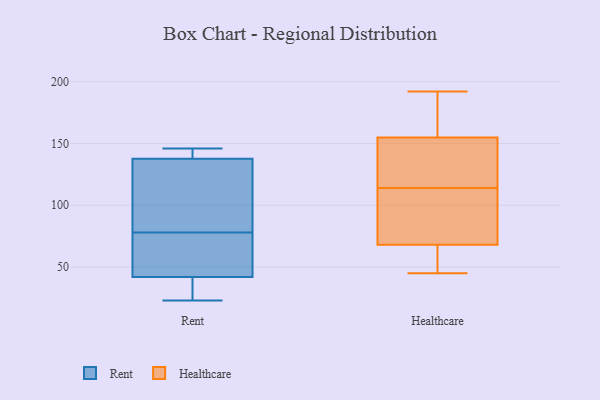
{"axis": {"x": "Churn Rate (%)", "y": "Value"}, "legend": ["Healthcare", "Rent"], "data": [{"x": "", "y": 25, "type": "Rent"}, {"x": "", "y": 139, "type": "Rent"}, {"x": "", "y": 93, "type": "Rent"}, {"x": "", "y": 142, "type": "Rent"}, {"x": "", "y": 134, "type": "Rent"}, {"x": "", "y": 23, "type": "Rent"}, {"x": "", "y": 78, "type": "Rent"}, {"x": "", "y": 70, "type": "Rent"}, {"x": "", "y": 57, "type": "Rent"}, {"x": "", "y": 37, "type": "Rent"}, {"x": "", "y": 146, "type": "Rent"}, {"x": "", "y": 192, "type": "Healthcare"}, {"x": "", "y": 158, "type": "Healthcare"}, {"x": "", "y": 134, "type": "Healthcare"}, {"x": "", "y": 145, "type": "Healthcare"}, {"x": "", "y": 83, "type": "Healthcare"}, {"x": "", "y": 45, "type": "Healthcare"}, {"x": "", "y": 52, "type": "Healthcare"}, {"x": "", "y": 113, "type": "Healthcare"}, {"x": "", "y": 114, "type": "Healthcare"}, {"x": "", "y": 168, "type": "Healthcare"}, {"x": "", "y": 63, "type": "Healthcare"}]}